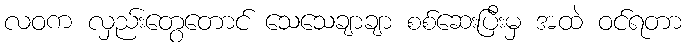
လဝက လှည်းတွေတောင် သေသေချာချာ စစ်ဆေးပြီးမှ အထဲ ဝင်ရတာ